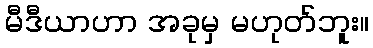
မီဒီယာဟာ အခုမှ မဟုတ်ဘူး။